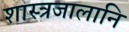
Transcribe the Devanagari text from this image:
शास्त्रजालानि